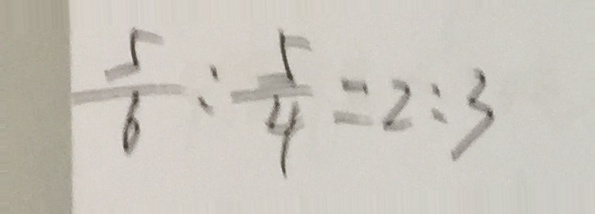
\frac { 5 } { 6 } : \frac { 5 } { 4 } = 2 : 3